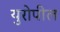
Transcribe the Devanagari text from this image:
युरोपील